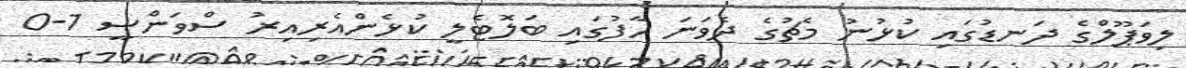
ލިވަޕޫލްގެ ދަނޑުގައި ކުޅުނު މެޗުގެ ދެވަނަ ހާފުގައި ބަލޮޓެލީ ކުޅެންއެރިއިރު ސްވަންސީ 1-0